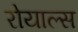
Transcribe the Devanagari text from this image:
रोयाल्स